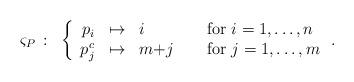
LaTeX: \begin{align*} \varsigma_P\ \colon\ \left\{ \begin{array}{rclcl} p_i& \mapsto& i&\ &\mbox{for }i=1,\dotsc,n\\ p^c_j& \mapsto& m{+}j&&\mbox{for }j=1,\dotsc,m \end{array}\right. .\end{align*}